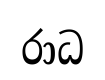
රාධ